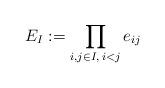
LaTeX: \begin{align*}E_I:=\prod_{i,j\in I,\,i<j}e_{ij}\end{align*}